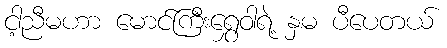
ငါ့ညီမဟာ မောင်ကြီးရွှေဝါရဲ့ နှမ ပီပေတယ်